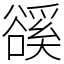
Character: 豀